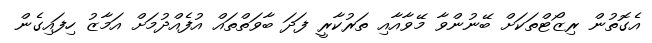
އެގޮތުން ރިޒޯޓްތަކަށް ބޭނުންވާ މޭވާއާއި ތަރުކާރީ ފަދަ ބާވަތްތައް އުފެއްދުމަށް އަމާޒު ހިފައިގެން